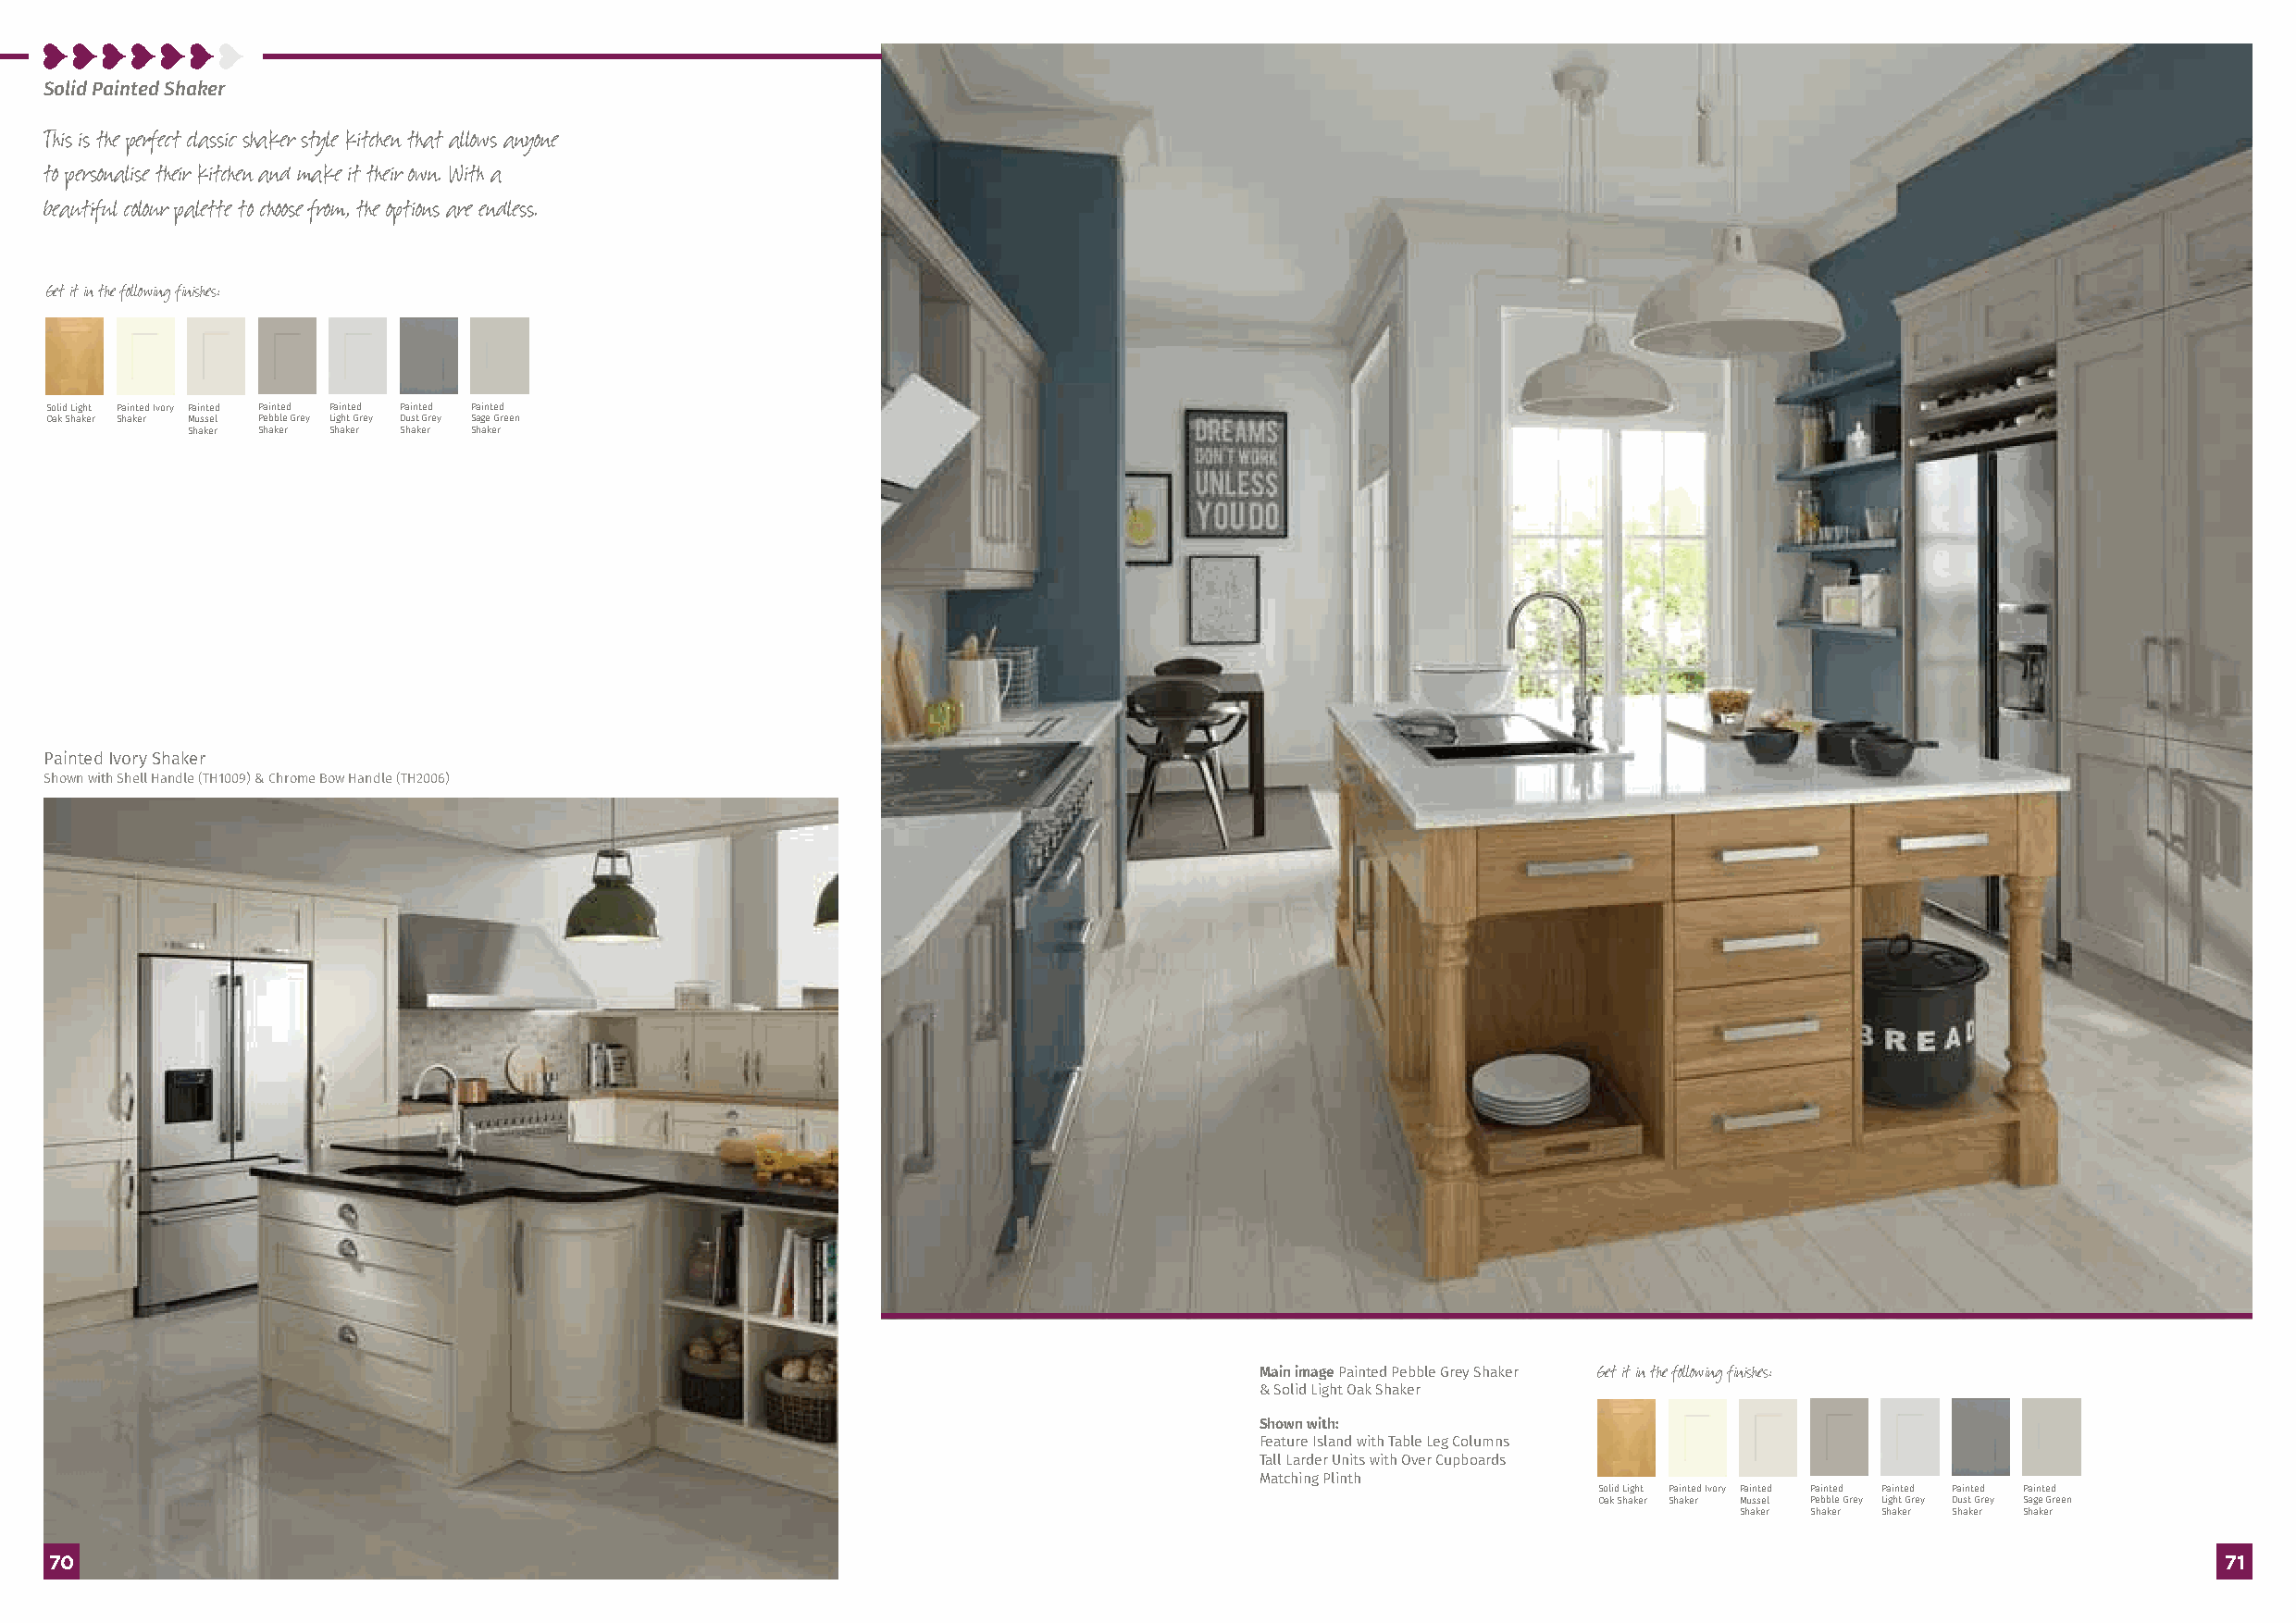
Solid Painted Shaker
 This is the perfect classic shaker style kitchen that allows anyone
 to personalise their kitchen and make it their own. With a
 beautiful colour palette to choose from, the options are endless.
 Get it in the following finishes:
 Solid Light Painted Ivory Painted Painted Painted Painted Painted
 Oak Shaker Shaker Mussel Pebble Grey Light Grey Dust Grey Sage Green
 Shaker Shaker Shaker Shaker Shaker
 Painted Ivory Shaker
 Shown with Shell Handle (TH1009) & Chrome Bow Handle (TH2006)
 Main image Painted Pebble Grey Shaker Get it in the following finishes:
 & Solid Light Oak Shaker
 Shown with:
 Feature Island with Table Leg Columns
 Tall Larder Units with Over Cupboards
 Matching Plinth
 Solid Light Painted Ivory Painted Painted Painted Painted Painted
 Oak Shaker Shaker Mussel Pebble Grey Light Grey Dust Grey Sage Green
 Shaker Shaker Shaker Shaker Shaker
 7700                                                                                                                                                        7711